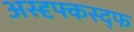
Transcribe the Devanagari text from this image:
अस्द्द्फ्कस्द्फ